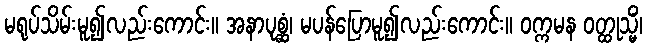
မရုပ်သိမ်းမူ၍လည်းကောင်း။ အနာပုစ္ဆံ၊ မပန်ပြောမူ၍လည်းကောင်း။ ဝက္ကမန ဝတ္ထုသ္မိံ၊